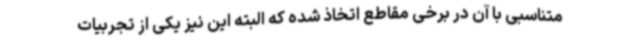
متناسبی با آن در برخی مقاطع اتخاذ شده که البته این نیز یکی از تجربیات